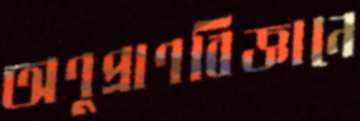
অণুপ্রাণবিজ্ঞানে